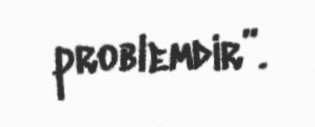
problemdir”.